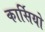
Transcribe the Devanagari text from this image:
कार्सियो